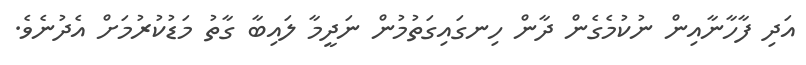
އަދި ފާހާނާއިން ނުކުމެގެން ދާން ހިނގައިގަތުމުން ނަދީމާ ލައިބާ ގާތު މަޑުކުރުމަށް އެދުނެވެ.